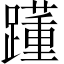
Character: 𨆟